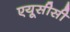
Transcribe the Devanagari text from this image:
एयूसीसी